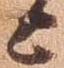
上